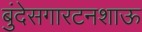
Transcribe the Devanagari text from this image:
बुंदेसगारटनशाऊ